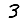
Digit: 3